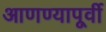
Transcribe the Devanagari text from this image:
आणण्यापूर्वी